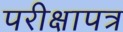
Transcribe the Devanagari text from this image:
परीक्षापत्र